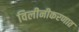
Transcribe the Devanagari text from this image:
विलीनीकरणात